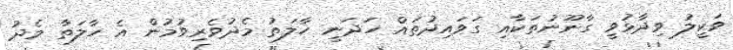
ވަކީލު ވިދާޅުވީ ގާނޫނުތަކާއި ގަވައިދުތައް ހަދަނީ ހާލަތު މެދުވެރިވުމުން އެ ހާލަތާ މެދު